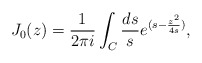
\begin{align*}J_0(z) = \frac{1}{2\pi i} \int_C {ds \over s} e^{(s - {z^2 \over 4s})} ,\end{align*}